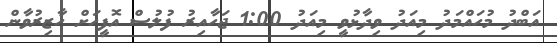
އަބްދު މުހައްމަދު މިއަދު ވިދާޅުވީ މިއަދު 1:00 ޖަހާއިރު ފުލުސް އޮފީހަށް ހާޒިރުވާން